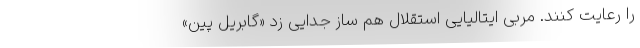
را رعایت کنند. مربی ایتالیایی استقلال هم ساز جدایی زد «گابریل پین»